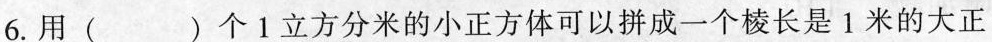
6.用（）个1立方分米的小正方体可以拼成一个棱长是1米的大正